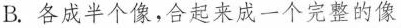
B.各成半个像，合起来成一个完整的像